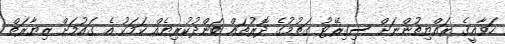
ހަވާއީގެ ރައްޔިތުންނަށް ސިގިރޭޓު ގަތުމުގެ ދޮރުތައް ބަންދުކުރިޔެއް ކަމަކު އެ ގައުމަށް ޒިޔާރަތް